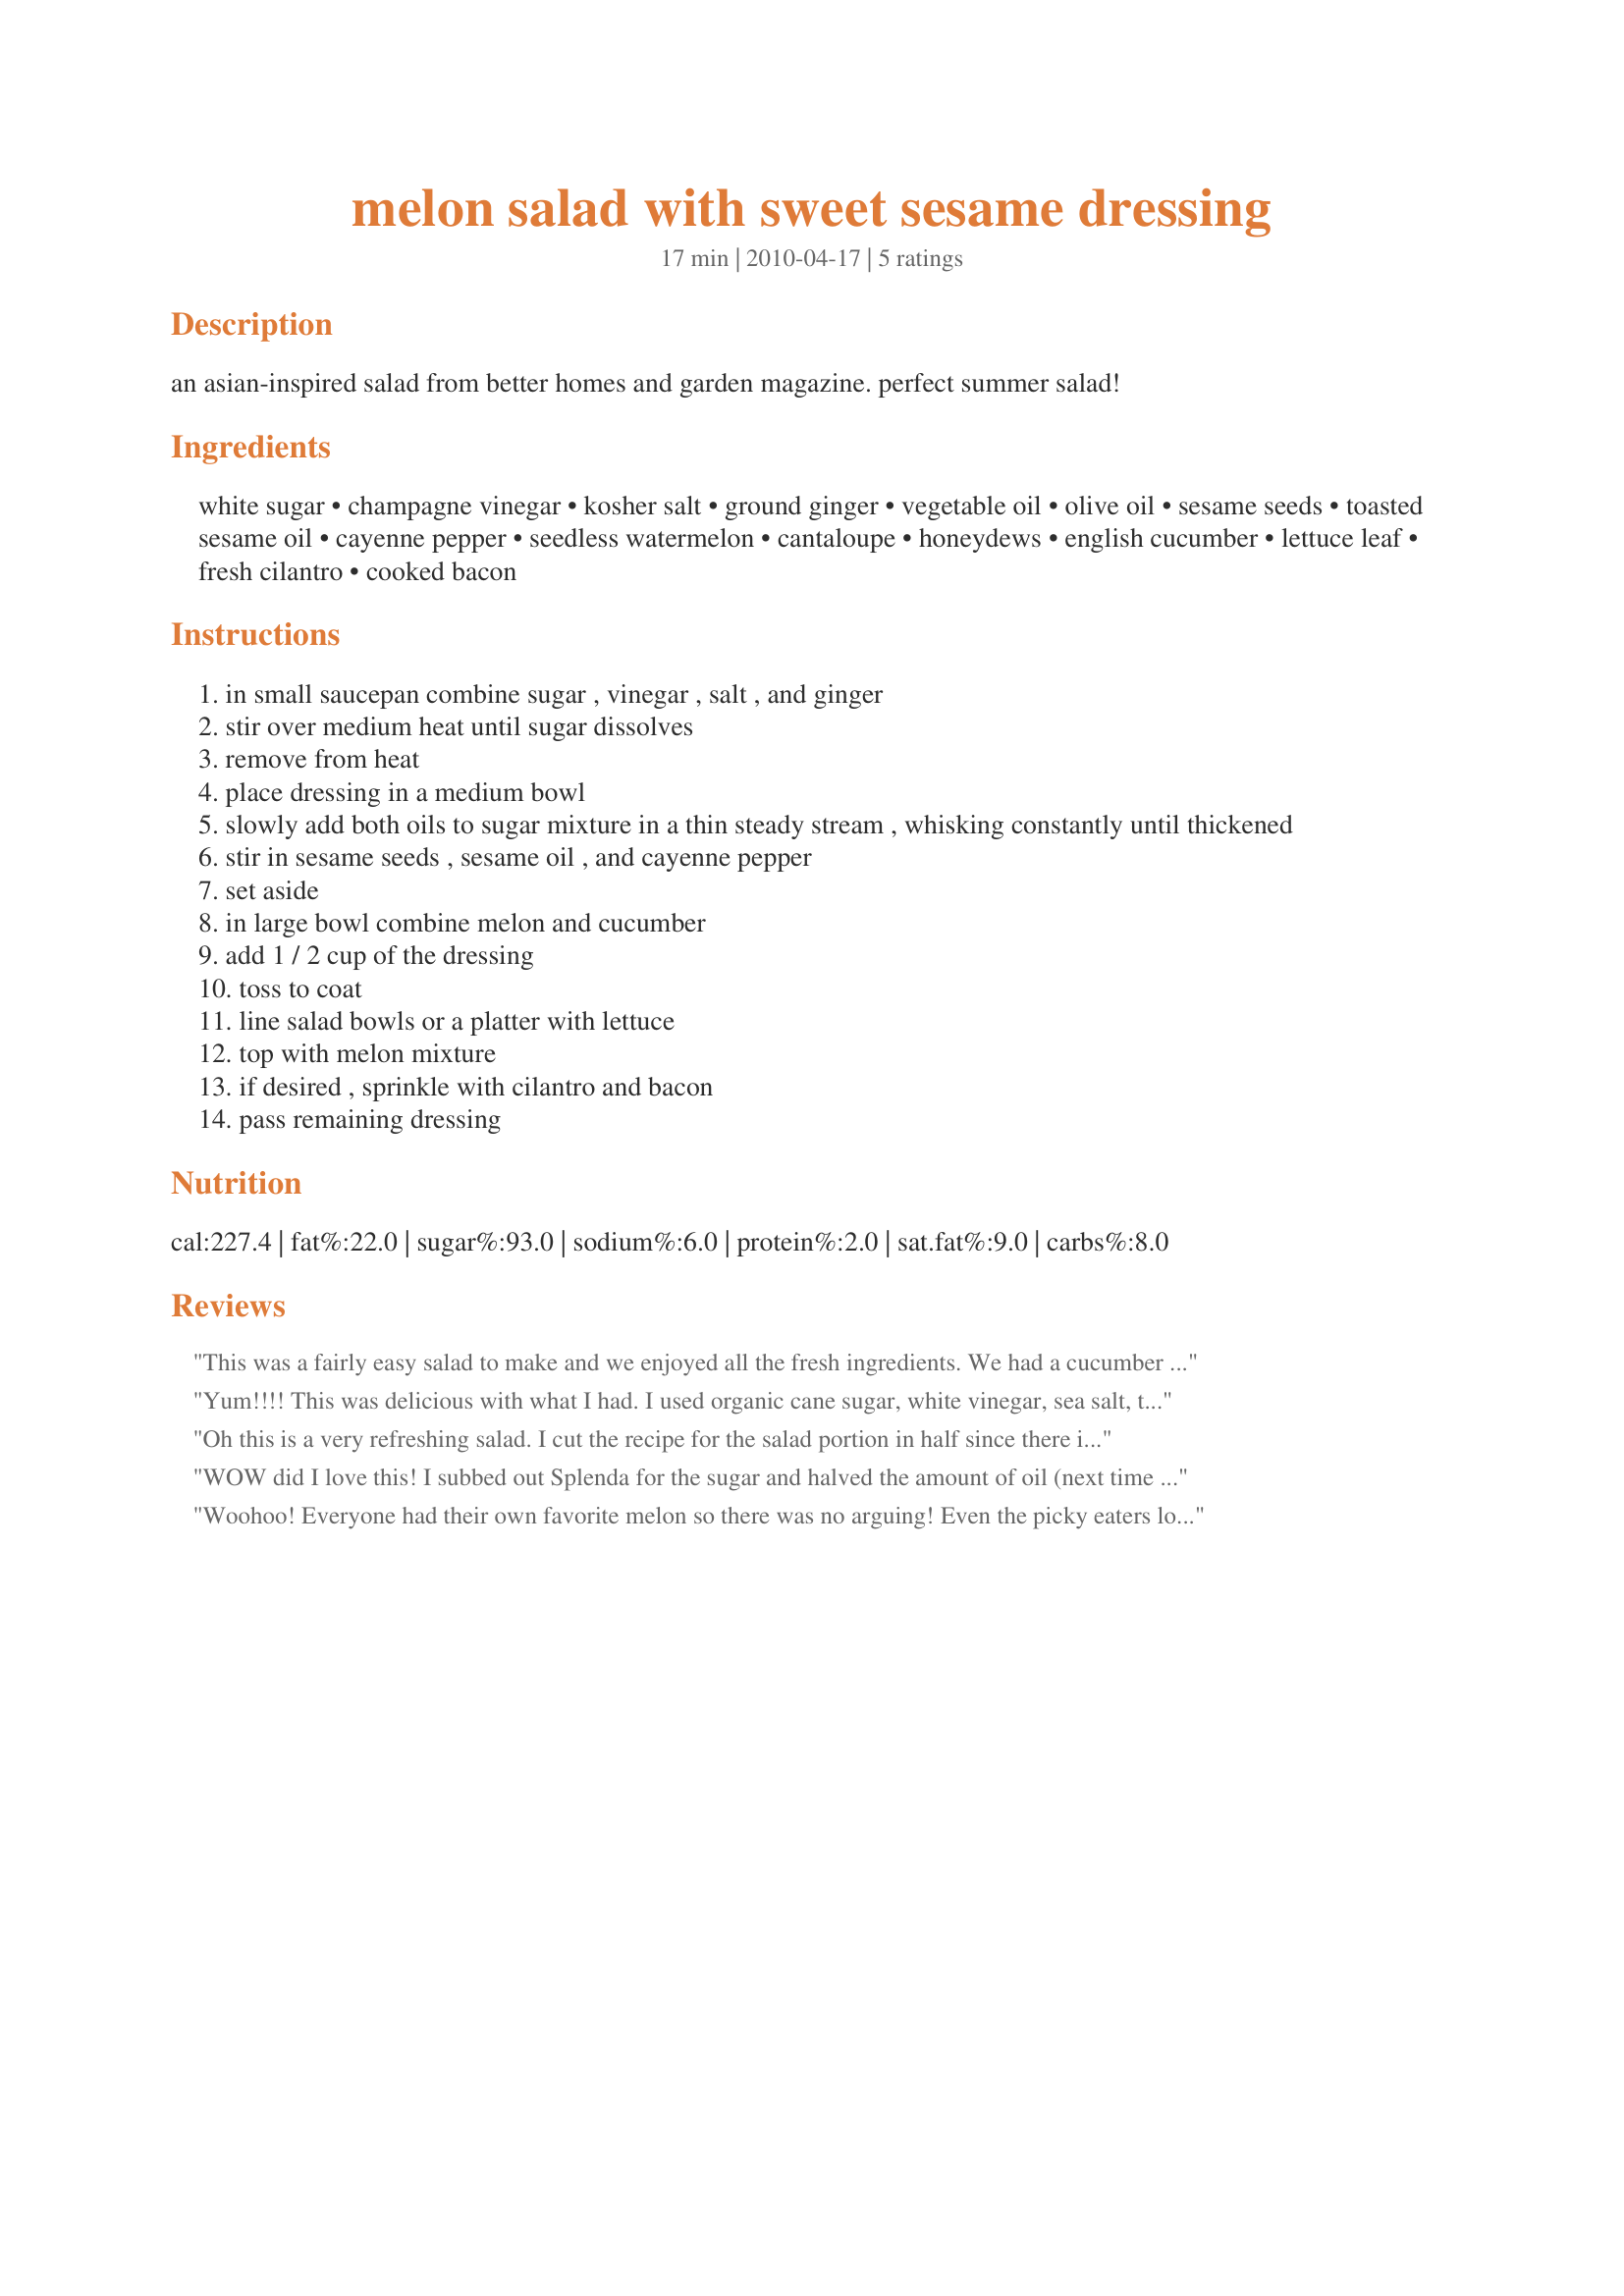
melon salad with sweet sesame dressing
Preparation time: 17 minutes

an asian-inspired salad from better homes and garden magazine. perfect summer salad!

Ingredients:
white sugar, champagne vinegar, kosher salt, ground ginger, vegetable oil, olive oil, sesame seeds, toasted sesame oil, cayenne pepper, seedless watermelon, cantaloupe, honeydews, english cucumber, lettuce leaf, fresh cilantro, cooked bacon

Steps:
in small saucepan combine sugar , vinegar , salt , and ginger
stir over medium heat until sugar dissolves
remove from heat
place dressing in a medium bowl
slowly add both oils to sugar mixture in a thin steady stream , whisking constantly until thickened
stir in sesame seeds , sesame oil , and cayenne pepper
set aside
in large bowl combine melon and cucumber
add 1 / 2 cup of the dressing
toss to coat
line salad bowls or a platter with lettuce
top with melon mixture
if desired , sprinkle with cilantro and bacon
pass remaining dressing

Reviews:
This was a fairly easy salad to make and we enjoyed all the fresh ingredients. We had a cucumber to put in the salad but a little "buggie" had gotten to it before us, so no cucu., plus we skipped the lettue leaves. So we were a little off track. My picture doesn't do justice to the wonderful sweet sesame dressing, which is the highlight of the salad. Next time I will try it with the cucumber. Made for ZWT6
Yum!!!! This was delicious with what I had. I used organic cane sugar, white vinegar, sea salt, to taste, powdered ginger, light tasting extra virgin olive oil, no vegetable oil, I had no sesame seeds but they would be good I think, unrefined sesame oil (not toasted, sorry), the melons just not honeydew as I was using what I had on hand, and organic baby spring mix leaves. Taste wise it's a make again. Made for January 2013's Casual Veggie Tag (come join us everyone!)
Oh this is a very refreshing salad. I cut the recipe for the salad portion in half since there is only two of us but made the whole dressing portion. My wife is going to use the extra dressing at a later date. We will be making this again for sure. Thanks for a great new salad. Made for ZWT6 Voracious Vagabonds.
WOW did I love this! I subbed out Splenda for the sugar and halved the amount of oil (next time I will use even less oil). I didn't have any honeydew, but it was fabulous even without. Thanks so much for sharing this tasty lunch! Made for Veg*n Swap July 2010.
Woohoo! Everyone had their own favorite melon so there was no arguing! Even the picky eaters loved this! There was no cayenne (at mom&#039;s) so I used some white ground pepper. I LOVED the ginger flavor &amp; next time will use fresh ginger. This is a wonderful salad! I think black sesame seeds would look much nicer. ;) Made for ZWT9, Mike &amp; the Appliance Killers.
